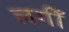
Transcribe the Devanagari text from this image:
लगीँ